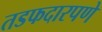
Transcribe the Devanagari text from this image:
तडफदारपणे